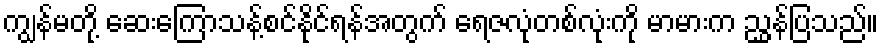
ကျွန်မတို့ ဆေးကြောသန့်စင်နိုင်ရန်အတွက် ရေဇလုံတစ်လုံးကို မာမားက ညွှန်ပြသည်။